Vaccine operations Central Provinces 1868-1885 - 1868-1885
Year: 1868
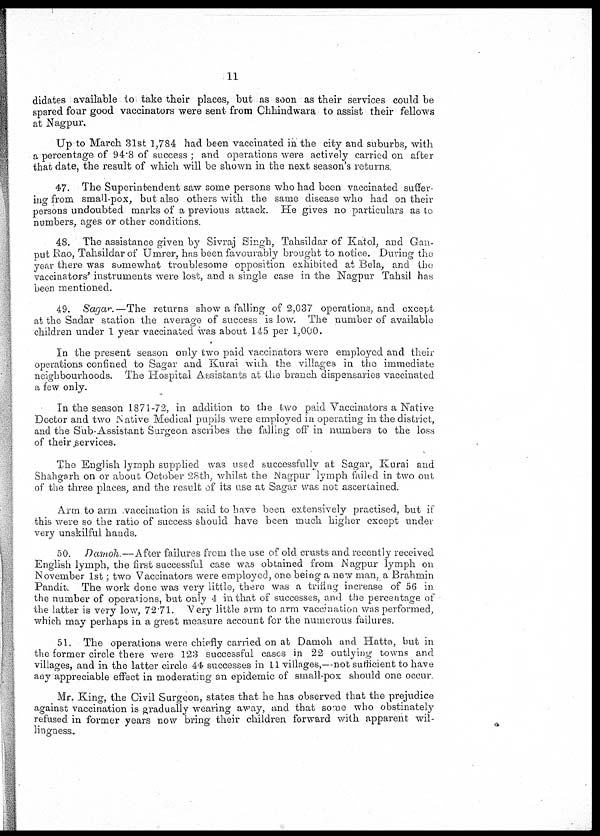
11
didates available to take their places, but as soon as their services could be
spared four good vaccinators were sent from Chhindwara to assist their fellows
at Nagpur.
Up to March 31st 1,784 had been vaccinated in the city and suburbs, with
a percentage of 94.8 of success ; and operations were actively carried on after
that date, the result of which will be shown in the next season's returns.
47. The Superintendent saw some persons who had been vaccinated suffer-
ing from small-pox, but also others with the same disease who had on their
persons undoubted marks of a previous attack. He gives no particulars as to
numbers, ages or other conditions.
48. The assistance given by Sivraj Singh, Tahsildar of Katol, and Gan¬
put Rao, Tahsildar of Umrer, has been favourably brought to notice. During the
year there was somewhat troublesome opposition exhibited at Bela, and the
vaccinators' instruments were lost, and a single case in the Nagpur Tahsil has
been mentioned.
49. Sagar. —The returns show a falling of 2,037 operations, and except
at the Sadar station the average of success is low. The number of available
children under 1 year vaccinated was about 145 per 1,000.
In the present season only two paid vaccinators were employed and their
operations confined to Sagar and Kurai with the villages in the immediate
neighbourhoods. The Hospital Assistants at the branch dispensaries vaccinated
a few only.
In the season 1871-72, in addition to the two paid Vaccinators a Native
Doctor and two Native Medical pupils were employed in operating in the district,
and the Sub-Assistant Surgeon ascribes the falling off in numbers to the loss
of their services.
The English lymph supplied was used successfully at Sagar, Kurai and
Shahgarh on or about October 28th, whilst the Nagpur lymph failed in two out
of the three places, and the result of its use at Sagar was not ascertained.
Arm to arm vaccination is said to have been extensively practised, but if
this were so the ratio of success should have been much higher except under
very unskilful hands.
50. Damoh —After failures from the use of old crusts and recently received
English lymph, the first successful case was obtained from Nagpur lymph on
November 1st ; two Vaccinators were employed, one being a new man, a Brahmin
Pandit. The work done was very little, there was a trifing increase of 56 in
the number of operations, but only 4 in that of successes, and the percentage of
the latter is very low, 72.71. Very little arm to arm vaccination was performed,
which may perhaps in a great measure account for the numerous failures.
51. The operations were chiefly carried on at Damoh and Hatta, but in
the former circle there were 123 successful cases in 22 outlying towns and
villages, and in the latter circle 44 successes in 11 villages,—not sufficient to have
any appreciable effect in moderating an epidemic of small-pox should one occur.
Mr. King, the Civil Surgeon, states that he has observed that the prejudice
against vaccination is gradually wearing away, and that some who obstinately
refused in former years now bring their children forward with apparent wil-
lingness.